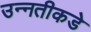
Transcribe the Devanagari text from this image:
उन्‍नतीकडे